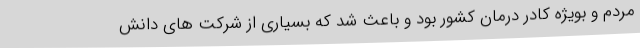
مردم و بویژه کادر درمان کشور بود و باعث شد که بسیاری از شرکت های دانش